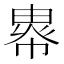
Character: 𢄖